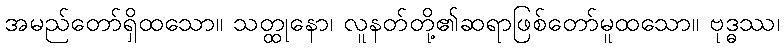
အမည်တော်ရှိထသော။ သတ္ထုနော၊ လူနတ်တို့၏ဆရာဖြစ်တော်မူထသော။ ဗုဒ္ဓဿ၊